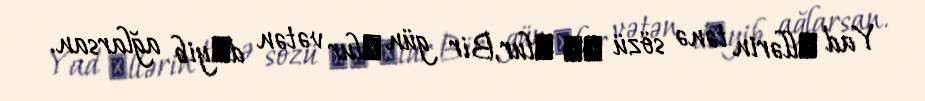
Yad еllərin tənə sözü ох оlur,Bir gün оlur vətən dеyib ağlarsan.